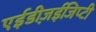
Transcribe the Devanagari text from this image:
एईडीज़ईजिप्टी